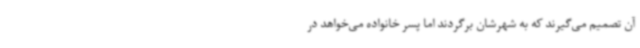
آن تصمیم می‌گیرند که به شهرشان برگردند اما پسر خانواده می‌خواهد در